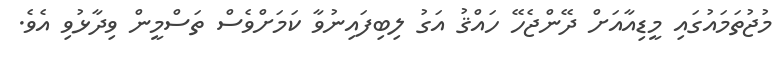
މުޖުތަމައުގައި މީޑިއާއަށް ދޭންޖެހޭ ހައްޤު އަގު ލިބިފައިނުވާ ކަމަށްވެސް ތަސްމީން ވިދާޅުވި އެވެ.